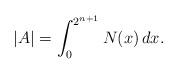
LaTeX: \begin{align*} |A| = \int_0^{2^{n+1}} N(x)\,dx.\end{align*}